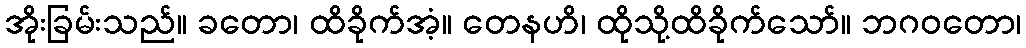
အိုးခြမ်းသည်။ ခတော၊ ထိခိုက်အံ့။ တေနဟိ၊ ထိုသို့ထိခိုက်သော်။ ဘဂဝတော၊